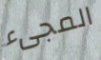
المجىء